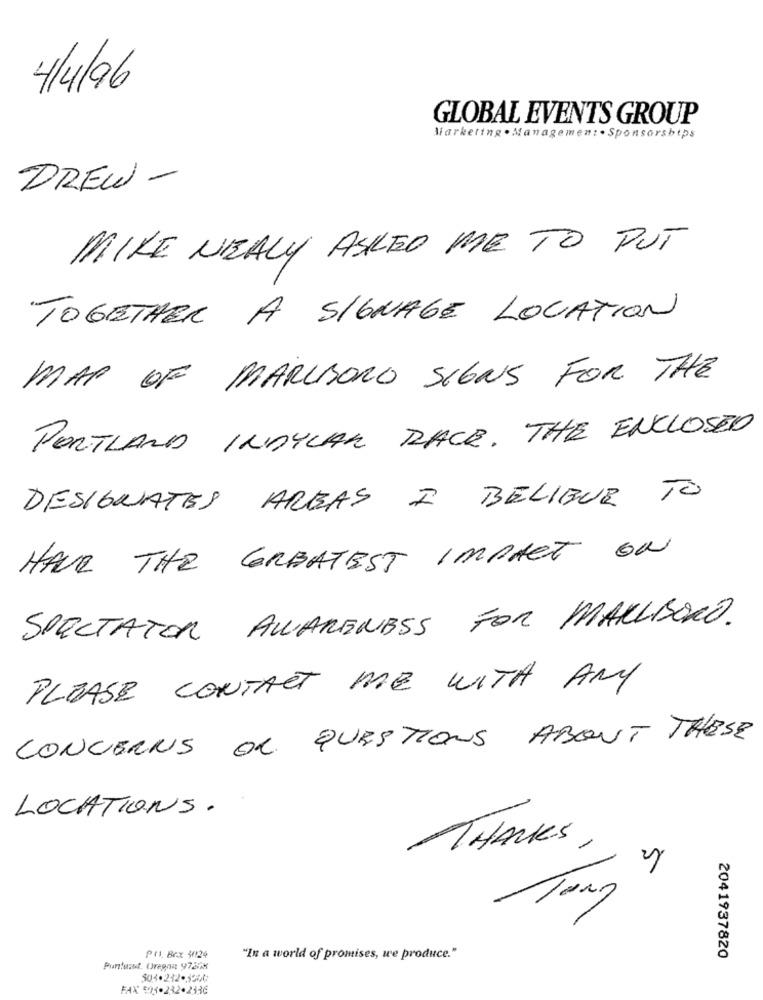
4/4/96
GLOBAL EVENTS GROUP
Marketing . Managemen: . Sponsorships
DREW -
MIKE NEALY ASKED ME TO PUT
TOGETHER A SIGNAGE LOCATION
MAP OF MARLBORO SIGNS FOR THE
PORTLAND INDYCAR RACE. THE ENCLOSED
DESIGNATES AREAS I BELIBUR TO
HAVE THE GREATEST IMPACT ON
SPECTATOR AWARENESS FOR MARLBORO.
PLEASE CONTACT ME WITH ANY
CONCERNS OR QUESTIONS ABOUT THESE
LOCATIONS.
THANKS
PHI Bex W124
"In a world of promises, we produce."
2041937820
Puntosst. Oregon 9720%
FAX 505.232-2336